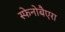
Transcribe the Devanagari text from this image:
स्फेनोबैएरा